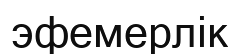
эфемерлік